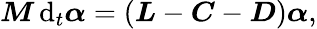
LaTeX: \boldsymbol{M}\, \mathrm{d}_{t}\boldsymbol{\alpha}=\left(\boldsymbol{L}-\boldsymbol{C}-\boldsymbol{D}\right)\boldsymbol{\alpha},